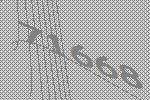
71668